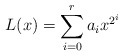
\begin{align*}L(x)=\sum_{i=0}^r a_ix^{2^i}\end{align*}